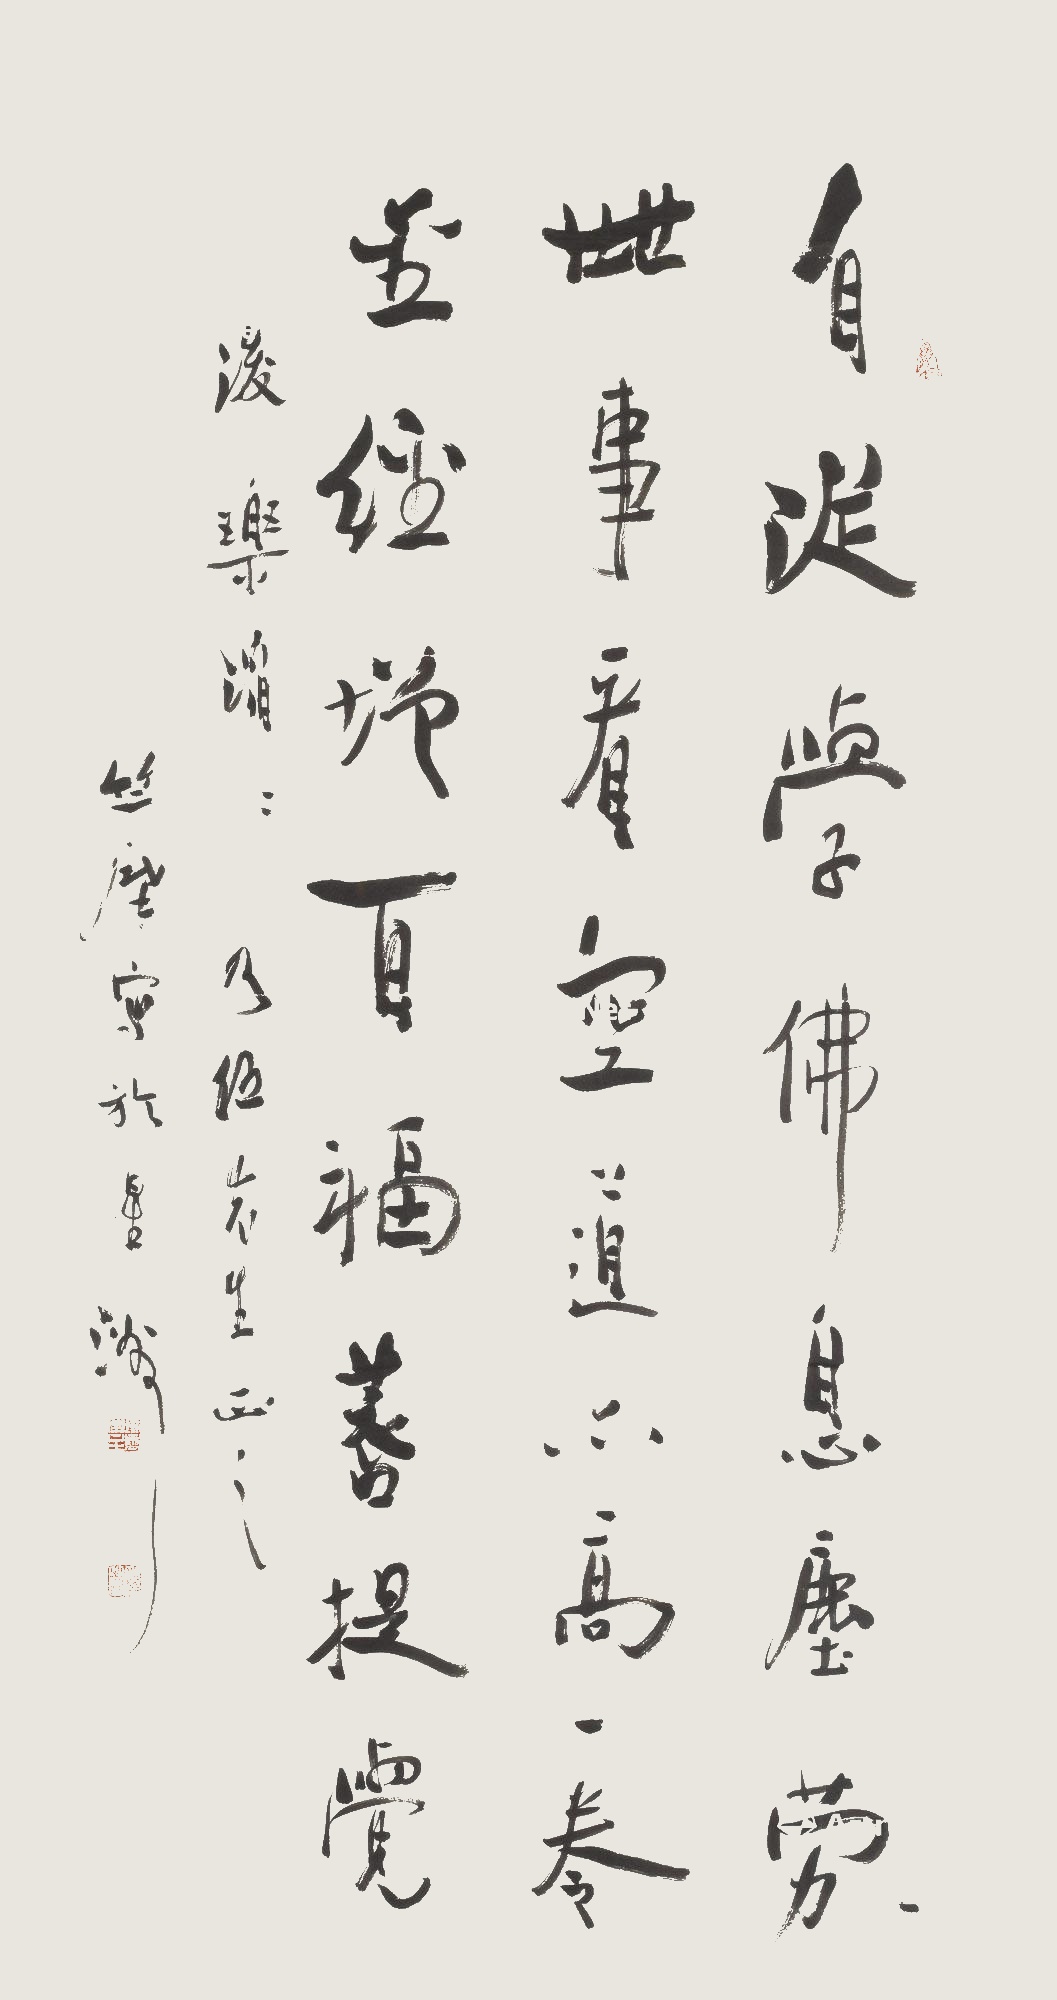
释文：自从学佛息尘劳，世事看空道亦高。一卷金经増百福，菩提觉后乐滔滔。乃伍先生正之。竺摩写于星洲。